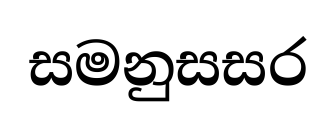
සමනුසසර